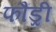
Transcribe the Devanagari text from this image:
फौंड्री